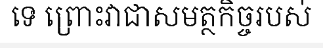
ទេ ព្រោះវាជាសមត្ថកិច្ចរបស់